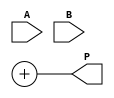
module WallaceTreeMultiplier #(parameter N = 4) (
    input [N-1:0] A,
    input [N-1:0] B,
    output reg [2*N-1:0] P
);

    // Internal wires for partial products
    wire [N-1:0] pp[N-1:0]; // Partial products
    wire [2*N-1:0] sum_stage1[N-1:0]; // First stage sum outputs
    wire [N:0] carry_stage1[N-1:0]; // First stage carry outputs
    wire [2*N-1:0] sum_stage2[N-1:0]; // Second stage sum outputs
    wire [N:0] carry_stage2[N-1:0]; // Second stage carry outputs
    
    // Generate partial products
    genvar i, j;
    generate
        for (i = 0; i < N; i = i + 1) begin : partial_product_gen
            assign pp[i] = A & {N{B[i]}};
        end
    endgenerate

    // Stage 1: Reduce using half adders and full adders
    generate
        for (i = 0; i < N-1; i = i + 1) begin : stage1
            if (i == 0) begin
                // First row of partial products
                assign sum_stage1[i] = pp[i];
                assign carry_stage1[i] = 0;
            end else begin
                // Sum the current partial product with the previous stage's output
                wire [2:0] inputs = {pp[i], carry_stage1[i-1]};
                wire [1:0] sum;
                wire carry_out;
                
                // Full adder for three inputs
                assign {carry_out, sum} = inputs[2:0] + {1'b0, inputs[1:0]};
                assign sum_stage1[i] = {carry_out, sum};
                assign carry_stage1[i] = carry_out;
            end
        end
    endgenerate

    // Stage 2: Reduce again using half adders and full adders
    generate
        for (i = 0; i < N-2; i = i + 1) begin : stage2
            wire [2:0] inputs = {sum_stage1[i], carry_stage1[i]};
            wire [1:0] sum;
            wire carry_out;

            // Full adder for three inputs
            assign {carry_out, sum} = inputs[2:0] + {1'b0, inputs[1:0]};
            assign sum_stage2[i] = {carry_out, sum};
            assign carry_stage2[i] = carry_out;
        end
    endgenerate

    // Final addition
    always @(*) begin
        // Combine the last two stages to produce the final product
        P = sum_stage2[N-2] + sum_stage1[N-1];
    end

endmodule